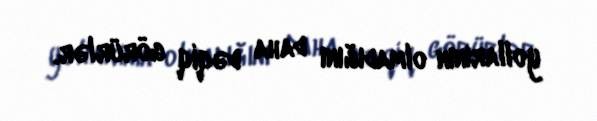
yollarının olmadığını daha dəqiq görürlər.